Report of the Indian Hemp Drugs Commission, 1894-1895 - Volume III
Year: 1894
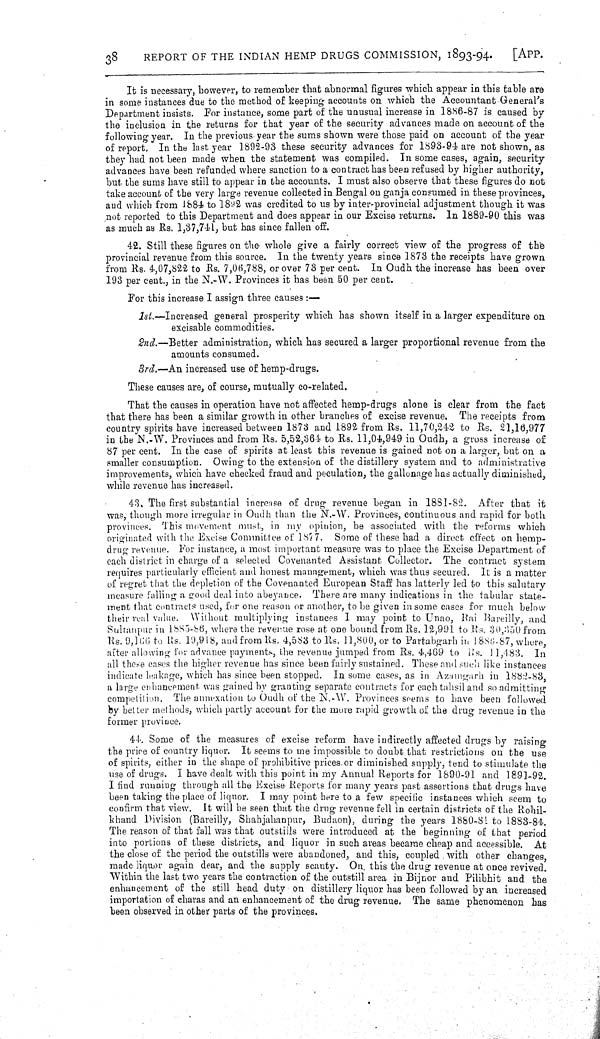
38
REPORT OF THE INDIAN HEMP DRUGS COMMISSION, 1893-94.
[APP.
It is necessary, however, to remember that abnormal figures which appear in this table are
in some instances due to the method of keeping accounts on which the Accountant General's
Department insists. For instance, some part of the unusual increase in 1886-87 is caused by
the inclusion in the returns for that year of the security advances made on account of the
following year. In the previous year the sums shown were those paid on account of the year
of report. In the last year 1892-93 these security advances for 1893-94 are not shown, as
they had not been made when the statement was compiled. In some cases, again, security
advances have been refunded where sanction to a contract has been refused by higher authority,
but the sums have still to appear in the accounts. I must also observe that these figures do not
take account of the very large revenue collected in Bengal on ganja consumed in these provinces,
and which from 1884 to 1892 was credited to us by inter-provincial adjustment though it was
not reported to this Department and does appear in our Excise returns. In 1889-90 this was
as much as Rs. 1,37,741, but has since fallen off.
42. Still these figures on the whole give a fairly correct view of the progress of the
provincial revenue from this source. In the twenty years since 1873 the receipts have grown
from Rs. 4,07,822 to Rs. 7,06,788, or over 73 per cent. In Oudh the increase has been over
193 per cent., in the N.-W. Provinces it has been 50 per cent.
For this increase I assign three causes:—
1st.—Increased general prosperity which has shown itself in a larger expenditure on
excisable commodities.
2nd.—Better administration, which has secured a larger proportional revenue from the
amounts consumed.
3rd.—An increased use of hemp-drugs.
These causes are, of course, mutually co-related.
That the causes in operation have not affected hemp-drugs alone is clear from the fact
that there has been a similar growth in other branches of excise revenue. The receipts from
country spirits have increased between 1873 and 1892 from Rs. 11,70,242 to Rs. 21,16,977
in the N.-W. Provinces and from Rs. 5,52,364 to Rs. 11,04,949 in Oudh, a gross increase of
87 per cent. In the case of spirits at least this revenue is gained not on a larger, but on a
smaller consumption. Owing to the extension of the distillery system and to administrative
improvements, which have checked fraud and peculation, the gallonage has actually diminished,
while revenue has increased.
43. The first substantial increase of drug revenue began in 1881-82. After that it
was, though more irregular in Oudh than the N.-W. Provinces, continuous and rapid for both
provinces. This movement must, in my opinion, be associated with the reforms which
originated with the Excise Committee of 1877. Some of these had a direct effect on hemp-
drug revenue. For instance, a most important measure was to place the Excise Department of
each district in charge of a selected Covenanted Assistant Collector. The contract system
requires particularly efficient and honest management, which was thus secured. It is a matter
of regret that the depletion of the Covenanted European Staff has latterly led to this salutary
measure falling a good deal into abeyance. There are many indications in the tabular state-
ment that contracts used, for one reason or another, to be given in some cases for much below
their real value. Without multiplying instances I may point to Unao, Rai Bareilly, and
Sultanpur in 1885-86, where the revenue rose at one bound from Rs. 12,991 to Rs. 30,350 from
Rs. 9,166 to Rs. 19,918, and from Rs. 4,583 to Rs. 11,800, or to Partabgarh in 1886-87, where,
after allowing for advance payments, the revenue jumped from Rs. 4,469 to Rs. 11,483. In
all these cases the higher revenue has since been fairly sustained. These and such like instances
indicate leakage, which has since been stopped. In some cases, as in Azamgarh in 1882-83,
a large enhancement was gained by granting separate contracts for each tahsil and so admitting
competition. The annexation to Oudh of the N.-W. Provinces seems to have been followed
by better methods, which partly account for the more rapid growth of the drug revenue in the
former province.
44. Some of the measures of excise reform have indirectly affected drugs by raising
the price of country liquor. It seems to me impossible to doubt that restrictions on the use
of spirits, either in the shape of prohibitive prices or diminished supply, tend to stimulate the
use of drugs. I have dealt with this point in my Annual Reports for 1890-91 and 1891-92.
I find running through all the Excise Reports for many years past assertions that drugs have
been taking the place of liquor. I may point here to a few specific instances which seem to
confirm that view. It will be seen that the drug revenue fell in certain districts of the Rohil-
khand Division (Bareilly, Shahjahanpur, Budaon), during the years 1880-81 to 1883-84.
The reason of that fall was that outstills were introduced at the beginning of that period
into portions of these districts, and liquor in such areas became cheap and accessible. At
the close of the period the outstills were abandoned, and this, coupled with other changes,
made liquor again dear, and the supply scanty. On this the drug revenue at once revived.
Within the last two years the contraction of the outstill area in Bijnor and Pilibhit and the
enhancement of the still head duty on distillery liquor has been followed by an increased
importation of charas and an enhancement of the drug revenue. The same phenomenon has
been observed in other parts of the provinces.